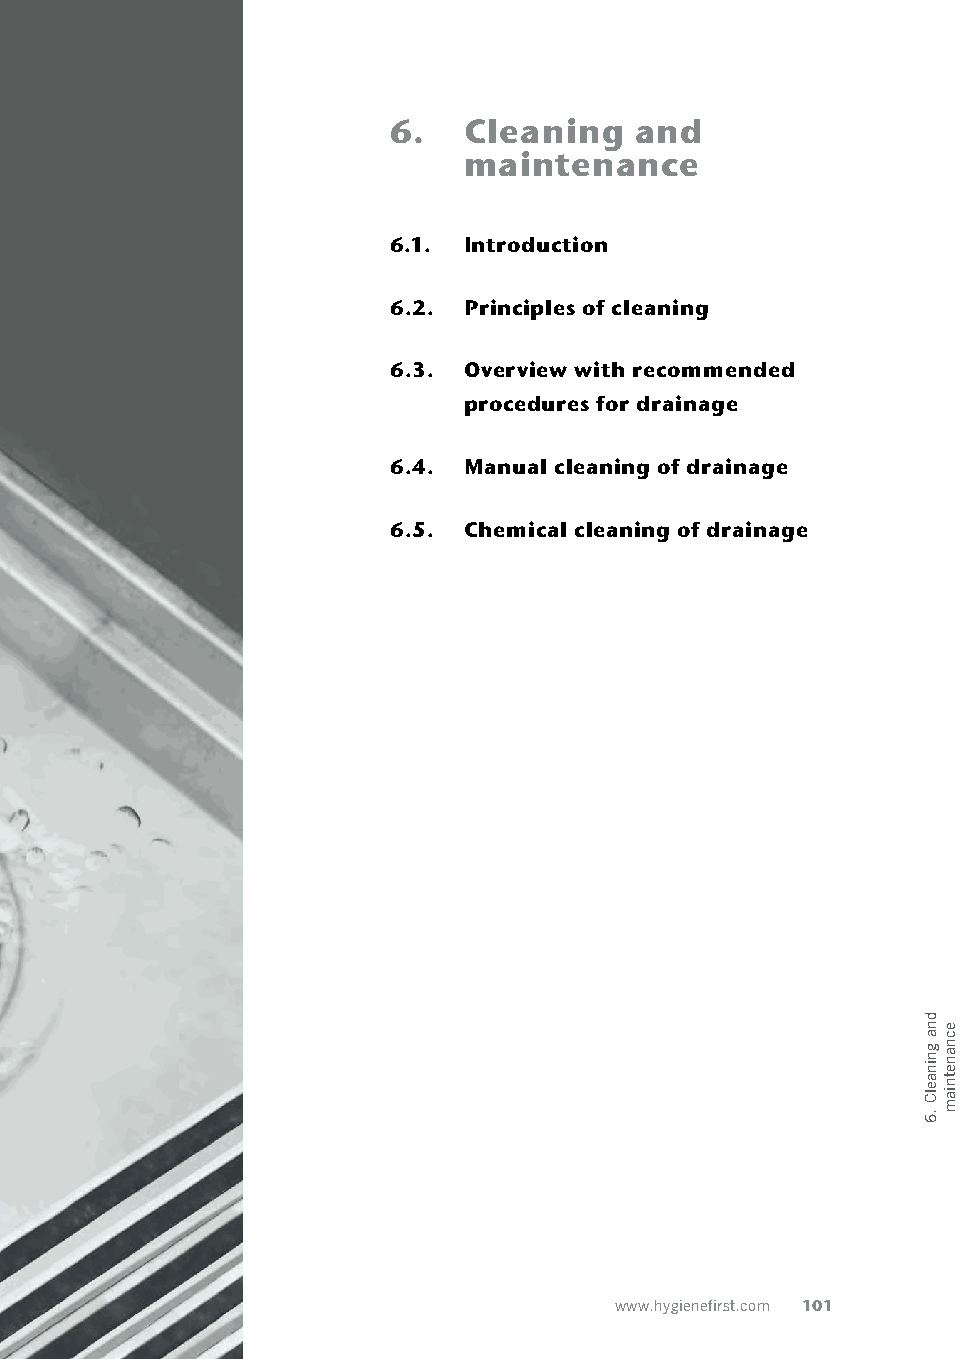
6.   Cleaning   and
 maintenance
 6.1. Introduction
 6.2. Principles of cleaning
 6.3. Overview with recommended
 procedures for drainage
 6.4. Manual cleaning of drainage
 6.5. Chemical cleaning of drainage
 www.hygienefirst.com 101
 dna
 gninaelC
 .6
 ecnanetniam